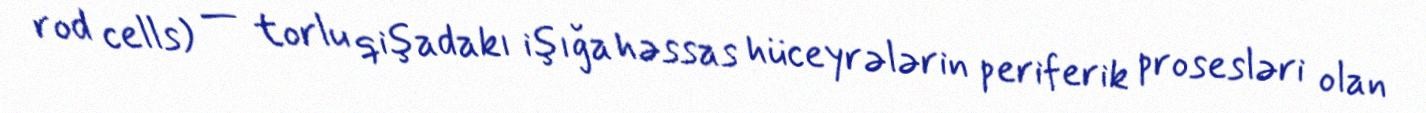
rod cells) — torlu qişadakı işığa həssas hüceyrələrin periferik prosesləri olan